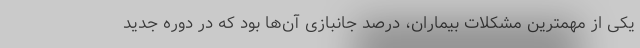
یکی از مهمترین مشکلات بیماران، درصد جانبازی آن‌ها بود که در دوره جدید